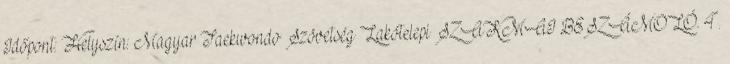
Időpont: Helyszín: Magyar Taekwondo Szövetség Lakótelepi SZAKMAI BESZÁMOLÓ. 4.